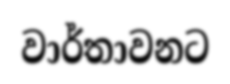
වාර්තාවනට